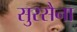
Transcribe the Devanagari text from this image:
सुरसैना